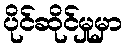
ပိုင်ဆိုင်မှုမှာ